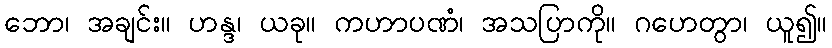
ဘော၊ အချင်း။ ဟန္ဒ၊ ယခု။ ကဟာပဏံ၊ အသပြာကို။ ဂဟေတွာ၊ ယူ၍။